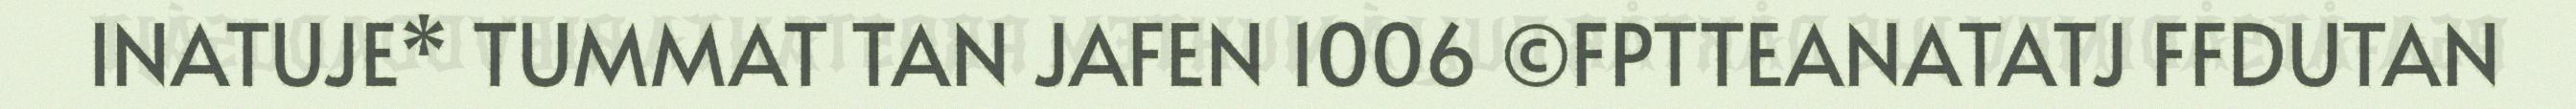
INATUJE* TUMMAT TAN JAFEN 1006 ©FPTTEANATATJ FFDUTAN